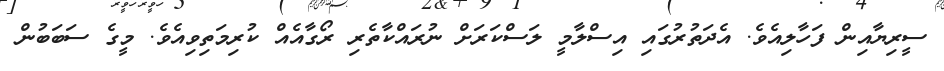
ސީރިޔާއިން ފަހާލިއެވެ. އެދަތުރުގައި އިސްލާމީ ލަސްކަރަށް ނުރައްކާތެރި ރޯގާއެއް ކުރިމަތިވިއެވެ. މީގެ ސަބަބުން